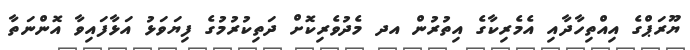
ޔޫރަޕްގެ އިއްތިހާދާއި އެމެރިކާގެ އިތުރުން އދ މެދުވެރިކޮށް ދަތިކުރުމުގެ ފިޔަވަޅު އަޅާފައިވާ އޮންނަތާ